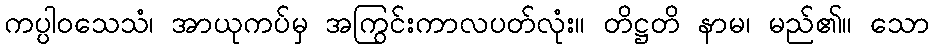
ကပ္ပါဝသေသံ၊ အာယုကပ်မှ အကြွင်းကာလပတ်လုံး။ တိဋ္ဌတိ နာမ၊ မည်၏။ သော